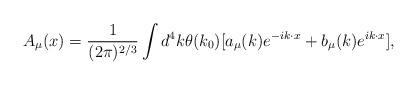
LaTeX: \begin{align*} A_\mu(x)=\frac{1}{(2\pi)^{2/3}}\int d^4k \theta(k_0){[a_\mu(k)e^{-ik\cdot x}+b_\mu(k)e^{ik\cdot x}]},\end{align*}